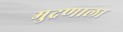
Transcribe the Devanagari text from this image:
मुद्रणाला